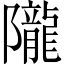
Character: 隴